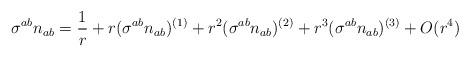
LaTeX: \begin{align*}\sigma^{ab} n_{ab} = \frac{1}{r} + r(\sigma^{ab} n_{ab})^{(1)}+r^2 (\sigma^{ab} n_{ab})^{(2)}+r^3(\sigma^{ab} n_{ab})^{(3)}+O(r^4)\end{align*}